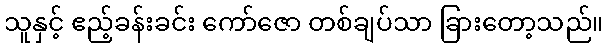
သူနှင့် ဧည့်ခန်းခင်း ကော်ဇော တစ်ချပ်သာ ခြားတော့သည်။